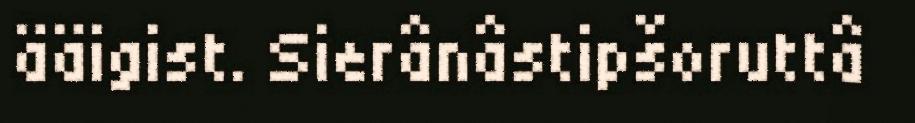
ääigist. Sierânâstipšoruttâ